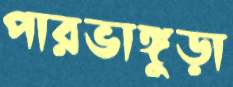
পারভাঙ্গুড়া